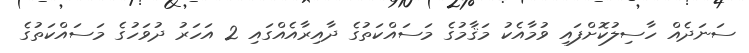
ސަނަދެއް ހާސިލުކޮށްފައި ވުމާއެކު މަޤާމުގެ މަސައްކަތުގެ ދާއިރާއެއްގައި 2 އަހަރު ދުވަހުގެ މަސައްކަތުގެ